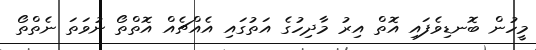
މީހުން ބޮނޑިވެފައި އޮތް އިރު މާދިހުގެ އަތުގައި އެއްޗެއް އޮތްތޯ ނުވަތަ ނެތްތޯ